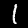
Label: 1